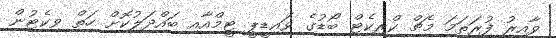
ވާއިރު ފުރަތަމަ މެޗް ކްރިކެޓް ބޯޑުގެ ވައިޑީޕީ ޓީމްއާއި ބައްދަލުކޮށް ހަތް ވިކެޓުން